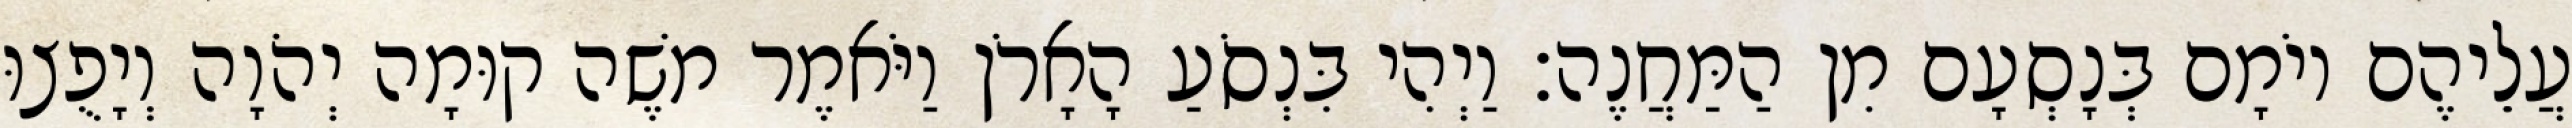
עֲלֵיהֶם יוֹמָם בְּנָסְעָם מִן הַמַּחֲנֶה׃ וַיְהִי בִּנְסֹעַ הָאָרֹן וַיֹּאמֶר משֶׁה קוּמָה יְהֹוָה וְיָפֻצוּ